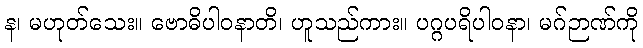
န၊ မဟုတ်သေး။ ဗောဓိပါဝနာတိ၊ ဟူသည်ကား။ ပဂ္ဂပရိပါဝနာ၊ မဂ်ဉာဏ်ကို